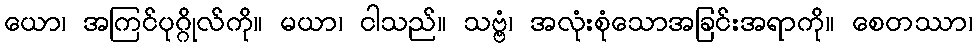
ယော၊ အကြင်ပုဂ္ဂိုလ်ကို။ မယာ၊ ငါသည်။ သဗ္ဗံ၊ အလုံးစုံသောအခြင်းအရာကို။ စေတဿာ၊